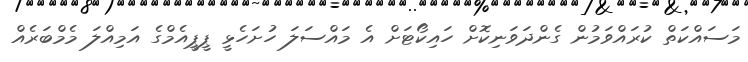
މަސައްކަތް ކުރައްވަމުން ގެންދަވަނިކޮށް ހައިކޯޓަށް އެ މައްސަލަ ހުށަހެޅީ ޕީޕީއެމްގެ އަމިއްލަ މެމްބަރެއް